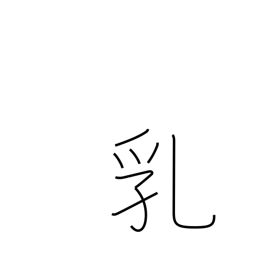
Meaning: breasts